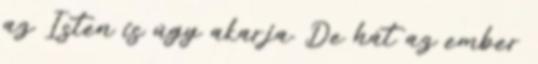
az Isten is úgy akarja. De hát az ember